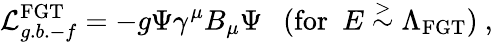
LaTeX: {\cal{L}}_{g.b.-f}^{\mathrm{FGT}}=-g\Psi\gamma^{\mu}B_{\mu}\Psi~~~(\mathrm{for}~~E\stackrel{>}{\sim}\Lambda_{\mathrm{FGT}})~,